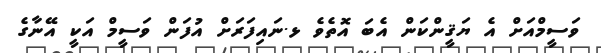
ވަސީމްއަށް އެ ޔަޤީންކަން އެބަ އޮތެވެ ޅ.ނައިފަރަށް އުފަން ވަސީމް އަކީ އޭނާގެ